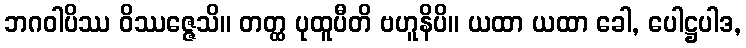
ဘဂဝါပိဿ ဝိဿဇ္ဇေသိ။ တတ္ထ ပုထူပီတိ ဗဟူနိပိ။ ယထာ ယထာ ခေါ, ပေါဋ္ဌပါဒ,